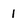
Character: 1